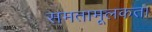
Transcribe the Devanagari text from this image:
समतामूलकता